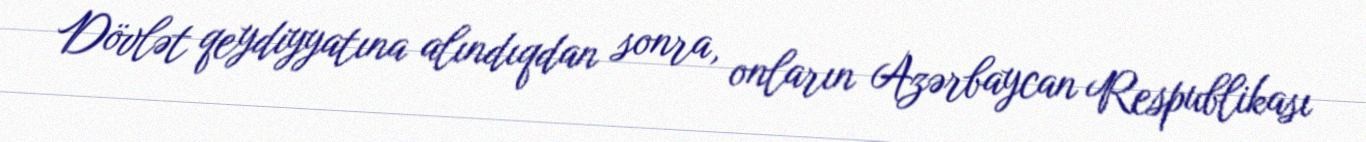
Dövlət qeydiyyatına alındıqdan sonra, onların Azərbaycan Respublikası